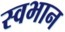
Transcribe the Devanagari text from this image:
स्वभान